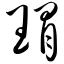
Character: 瑁